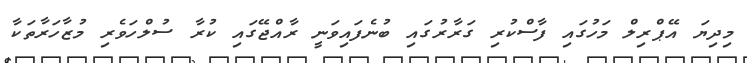
މިދިޔަ އޭޕްރިލް މަހުގައި ފާސްކުރި ގަރާރުގައި ބުނެފައިވަނީ ރާއްޖޭގައި ކުރާ ސުލްހަވެރި މުޒާހަރާތަކާ